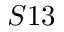
S 1 3